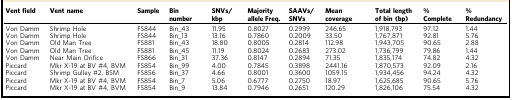
<table><thead><tr><td><b>Vent field</b></td><td><b>Vent name</b></td><td><b>Sample</b></td><td><b>Bin number</b></td><td><b>SNVs/kbp</b></td><td><b>Majority allele Freq.</b></td><td><b>SAAVs/SNVs</b></td><td><b>Mean coverage</b></td><td><b>Total length of bin (bp)</b></td><td><b>% Complete</b></td><td><b>% Redundancy</b></td></tr></thead><tbody><tr><td>Von Damm</td><td>Shrimp Hole</td><td>FS844</td><td>Bin_43</td><td>11.95</td><td>0.8027</td><td>0.2999</td><td>246.65</td><td>1,918,793</td><td>97.12</td><td>1.44</td></tr><tr><td>Von Damm</td><td>Shrimp Hole</td><td>FS844</td><td>Bin_13</td><td>13.16</td><td>0.7860</td><td>0.2009</td><td>33.50</td><td>1,767,871</td><td>92.81</td><td>5.76</td></tr><tr><td>Von Damm</td><td>Old Man Tree</td><td>FS881</td><td>Bin_43</td><td>18.80</td><td>0.8005</td><td>0.2814</td><td>112.98</td><td>1,943,705</td><td>90.65</td><td>2.88</td></tr><tr><td>Von Damm</td><td>Old Man Tree</td><td>FS881</td><td>Bin_45</td><td>11.19</td><td>0.8024</td><td>0.2683</td><td>273.02</td><td>1,736,799</td><td>79.86</td><td>1.44</td></tr><tr><td>Von Damm</td><td>Near Main Orifice</td><td>FS866</td><td>Bin_31</td><td>37.36</td><td>0.8147</td><td>0.2894</td><td>71.35</td><td>1,835,174</td><td>74.82</td><td>4.32</td></tr><tr><td>Piccard</td><td>Mkr X-19 at BV #4, BVM</td><td>FS854</td><td>Bin_99</td><td>4.00</td><td>0.7845</td><td>0.3898</td><td>2441.16</td><td>1,870,573</td><td>92.09</td><td>2.16</td></tr><tr><td>Piccard</td><td>Shrimp Gulley #2, BSM</td><td>FS856</td><td>Bin_37</td><td>4.66</td><td>0.8001</td><td>0.3600</td><td>1059.15</td><td>1,934,456</td><td>94.24</td><td>4.32</td></tr><tr><td>Piccard</td><td>Mkr X-19 at BV #4, BVM</td><td>FS854</td><td>Bin_7</td><td>5.06</td><td>0.6777</td><td>0.2750</td><td>18.97</td><td>1,625,685</td><td>90.65</td><td>5.76</td></tr><tr><td>Piccard</td><td>Mkr X-19 at BV #4, BVM</td><td>FS854</td><td>Bin_9</td><td>13.84</td><td>0.7946</td><td>0.2651</td><td>120.29</td><td>1,826,106</td><td>75.54</td><td>4.32</td></tr></tbody></table>